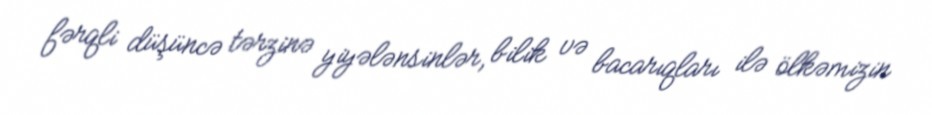
fərqli düşüncə tərzinə yiyələnsinlər, bilik və bacarıqları ilə ölkəmizin